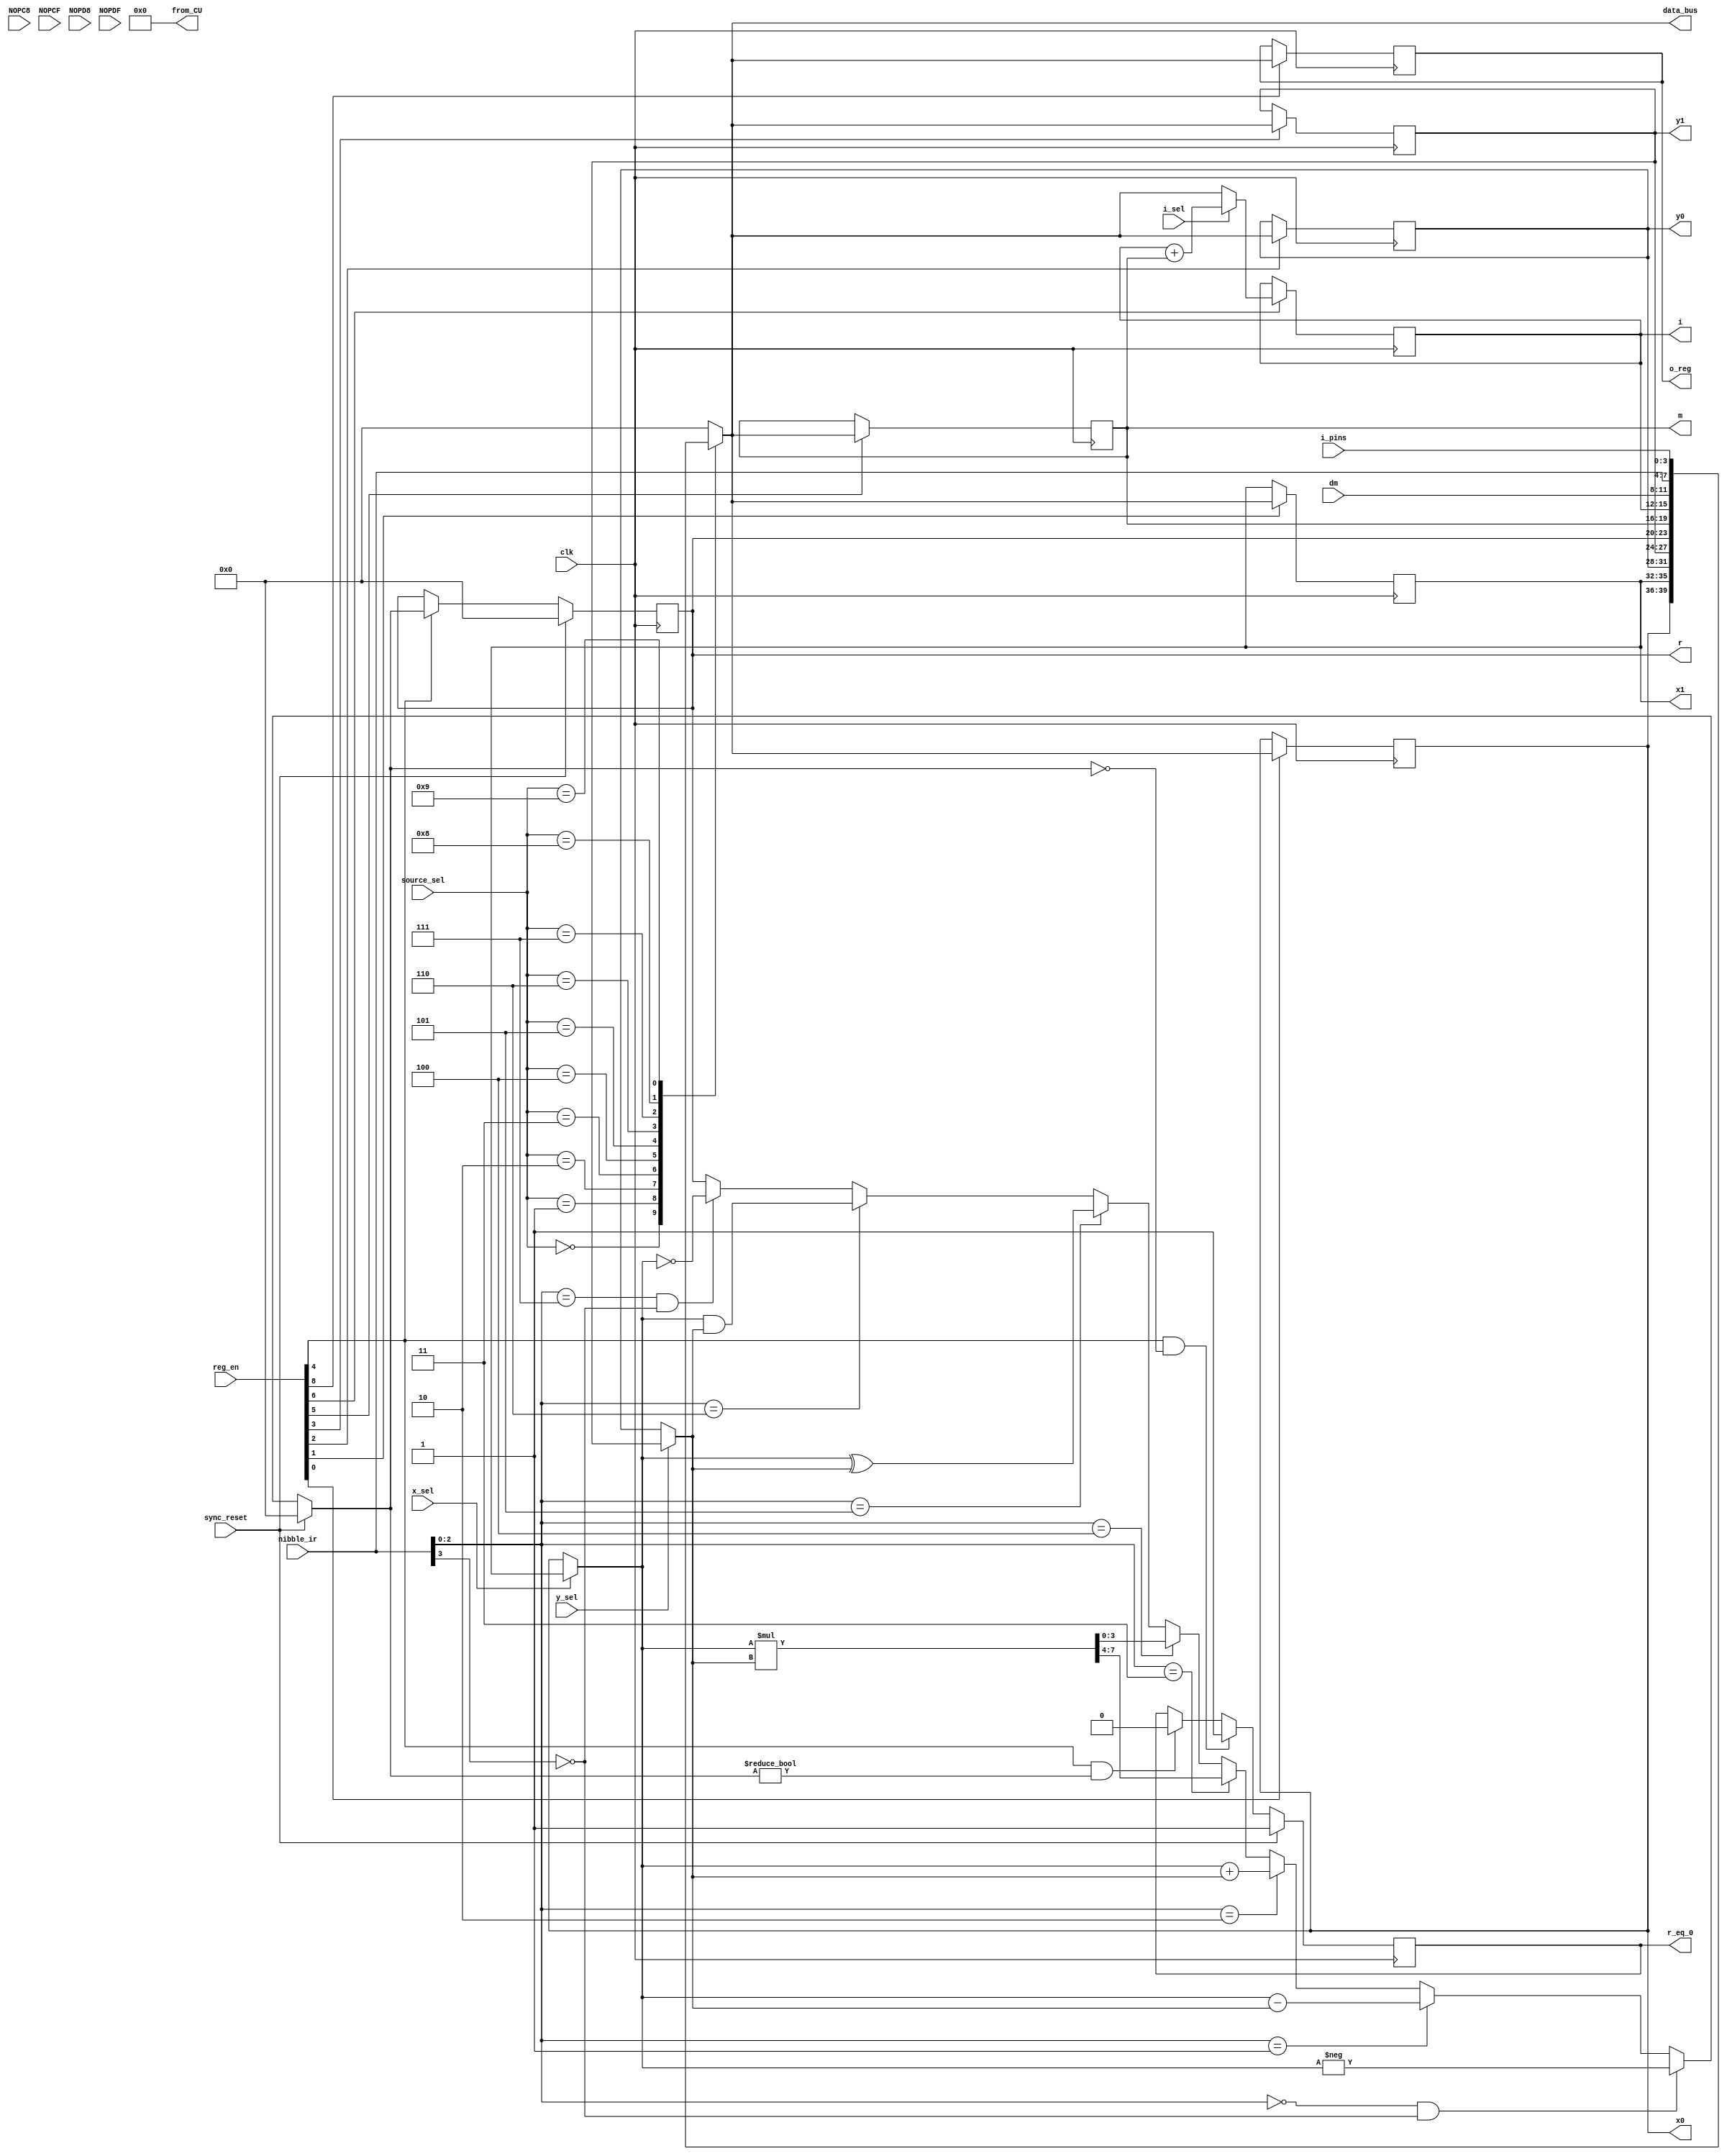
module computational_unit (
	input clk, sync_reset,
	input NOPC8, NOPCF, NOPD8, NOPDF,		// inputs; will probably need in exam
	input [3:0] source_sel, nibble_ir, i_pins, dm,
	input i_sel, y_sel, x_sel, 
	input [8:0] reg_en,
	output reg [3:0] o_reg, i,
	output reg [3:0] data_bus,
//	output reg [3:0] x0, x1, y0, y1, m, r, alu_out // set as outputs for testbench
	output reg [7:0] from_CU,					// for final exam scrambler
	output reg [3:0] x0, x1, y0, y1, m, r, // for final exam scrambler
	output reg r_eq_0 							// for final exam scrambler (zero_flag)
	);


always @ *
from_CU = 8'h0;		// during exam
//from_CU = {x1, x0};	// debugging prior to exam

//// 4-bit pm_data
reg [3:0] pm_data;

always @ *
pm_data = nibble_ir;


//// 4-bit data registers
//reg [3:0] x0, x1, y0, y1, m;  // also i, o_reg (outputs) and dm (input)
// ^ comment out when setting as outputs for testbench or final exam scrambler during exam

// x0
always @ (posedge clk)
if (reg_en[0] == 1'b1)
	x0 = data_bus;
else
	x0 = x0;

// x1
always @ (posedge clk)
if (reg_en[1] == 1'b1)
	x1 = data_bus;
else
	x1 = x1;

// y0
always @ (posedge clk)
if (reg_en[2] == 1'b1)
	y0 = data_bus;
else
	y0 = y0;

// y1
always @ (posedge clk)
if (reg_en[3] == 1'b1)
	y1 = data_bus;
else
	y1 = y1;

// m
always @ (posedge clk)
if (reg_en[5] == 1'b1)
	m = data_bus;
else
	m = m;
	
// i
always @ (posedge clk)
if (reg_en[6] == 1'b1)
	if (i_sel == 1'b0) i = data_bus;
	else i = i + m;
else
	i = i;

// o_reg
always @ (posedge clk)
if (reg_en[8] == 1'b1)
	o_reg = data_bus;
else
	o_reg = o_reg;


//// 4-bit data_bus output
always @ *
case(source_sel)
	4'd00: data_bus = x0;		// data reg
	4'b01: data_bus = x1;		// data reg
	4'd02: data_bus = y0;		// data reg
	4'd03: data_bus = y1;		// data reg
	4'd04: data_bus = r;			// result reg
	4'd05: data_bus = m;			// data reg
	4'd06: data_bus = i;			// data reg
	4'd07: data_bus = dm;		// input
	4'd08: data_bus = pm_data;	// input, from nibble_ir
	4'd09: data_bus = i_pins;	// input
	default: data_bus = 4'h0;	// source_sel 10 & above is empty
endcase




//// ALU Circuit

// ALU instruction
reg [2:0] alu_func;

always @ *
alu_func = nibble_ir[2:0];


// ALU inputs (x, y)
reg [3:0] x, y;

// x
always @ *
if (x_sel == 1'b0) x = x0;
else x = x1;

// y
always @ *
if (y_sel == 1'b0) y = y0;
else y = y1;


// ALU logic

// x*y multiplication
reg [7:0] x_mult_y;  // largest val is 15*15=225 (8 bits required)

always @ *
x_mult_y = x * y;

//alu_out
reg [3:0] alu_out;  // comment out to set as output for testbench

always @ *
if (sync_reset == 1'b1)
	alu_out = 4'h0;				// reset, clear the alu result
else if ( (alu_func == 3'h0) && (nibble_ir[3] == 1'b0) )
	alu_out = -x;					// 2's compliment of x (set zero_flag if x == 0)
else if (alu_func == 3'h1)
	alu_out = x - y;				// r = x - y
else if (alu_func == 3'h2)
	alu_out = x + y;				// r = x + y
else if (alu_func == 3'h3)
	alu_out = x_mult_y[7:4];	// r = (MS Nibble of) x * y
else if (alu_func == 3'h4)
	alu_out = x_mult_y[3:0];	// r = (LS Nibble of) x * y
else if (alu_func == 3'h5)
	alu_out = x^y;					// r = x ^ y
else if (alu_func == 3'h6)
	alu_out = x&y;					// r = x & y
else if ( (alu_func == 3'h7) && (nibble_ir[3] == 1'b0) )
	alu_out = ~x;					// 1's compliment of x (set zero_flag if x == 4'hF)

	// no-operation instructions
else if ( (alu_func == 3'h0) && (nibble_ir[3] == 1'b1) )
	alu_out = r;		// no operation (also no-op on zero_flag)
else if ( (alu_func == 3'h7) && (nibble_ir[3] == 1'b1) )
	alu_out = r;		// no operation (also no-op on zero_flag)
else
	alu_out = r;


// ALU result registers
//reg [3:0] r;  // commented to set r as output for testbench/final exam

// r
always @ (posedge clk)
if (sync_reset == 1'b1)
	r = 4'd0;
else if (reg_en[4] == 1'b1)
	r = alu_out;
else
	r = r;

// r_eq_0 (zero_flag), output
always @ (posedge clk)
if (sync_reset == 1'b1)
	r_eq_0 = 1'b1;
else if ((reg_en[4] == 1'b1) && (alu_out == 4'd0))
	r_eq_0 = 1'b1;
else if ((reg_en[4] == 1'b1) && (alu_out != 4'd0))
	r_eq_0 = 1'b0;
else
	r_eq_0 = r_eq_0;


endmodule